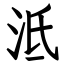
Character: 泜